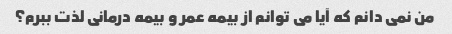
من نمی دانم که آیا می توانم از بیمه عمر و بیمه درمانی لذت ببرم؟